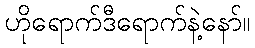
ဟိုရောက်ဒီရောက်နဲ့နော်။